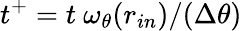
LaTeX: t^{+}=t\ \omega_{\theta}(r_{in})/(\Delta\theta)